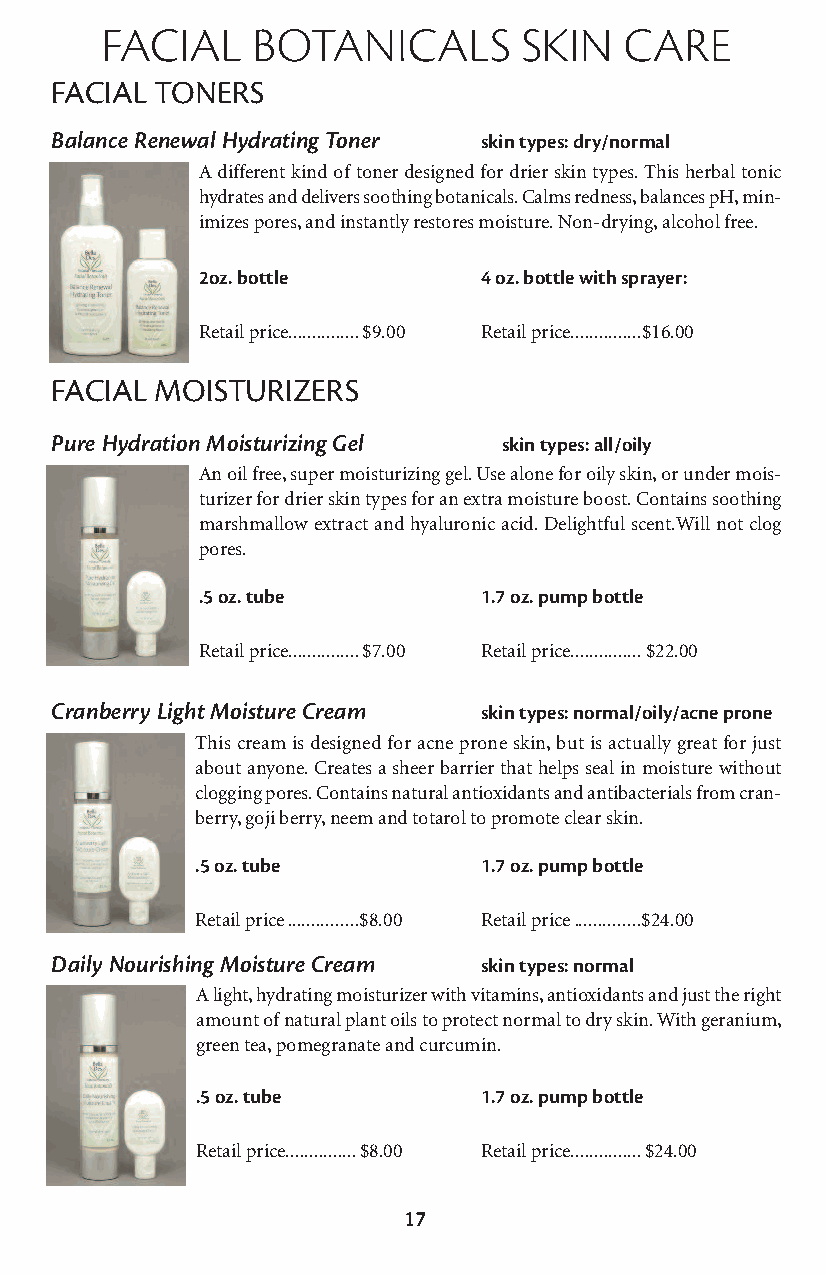
facial    botanicals       skin   care
 FACIAL TONERS
 Balance Renewal Hydrating Toner skin types: dry/normal
 A different kind of toner designed for drier skin types. This herbal tonic
 hydrates and delivers soothing botanicals. Calms redness, balances pH, min-
 imizes pores, and instantly restores moisture. Non-drying, alcohol free.
 2oz. bottle        4 oz. bottle with sprayer:
 Retail price...............$9.00 Retail price...............$16.00
 FACIAL MOISTURIZERS
 Pure Hydration Moisturizing Gel skin types: all/oily
 An oil free, super moisturizing gel. Use alone for oily skin, or under mois-
 turizer for drier skin types for an extra moisture boost. Contains soothing
 marshmallow extract and hyaluronic acid. Delightful scent.Will not clog
 pores.
 .5 oz. tube        1.7 oz. pump bottle
 Retail price...............$7.00 Retail price...............$22.00
 Cranberry Light Moisture Cream skin types: normal/oily/acne prone
 This cream is designed for acne prone skin, but is actually great for just
 about anyone. Creates a sheer barrier that helps seal in moisture without
 clogging pores. Contains natural antioxidants and antibacterials from cran-
 berry, goji berry, neem and totarol to promote clear skin.
 .5 oz. tube        1.7 oz. pump bottle
 Retail price...............$8.00 Retail price..............$24.00
 Daily Nourishing Moisture Cream skin types: normal
 A light, hydrating moisturizer with vitamins, antioxidants and just the right
 amount of natural plant oils to protect normal to dry skin. With geranium,
 green tea, pomegranate and curcumin.
 .5 oz. tube        1.7 oz. pump bottle
 Retail price...............$8.00 Retail price...............$24.00
 17